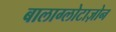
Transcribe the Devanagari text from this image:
बालाग्लोटाज़ोन